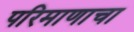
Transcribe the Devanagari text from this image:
परिमाणाचा